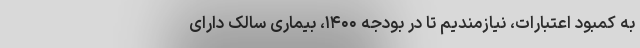
به کمبود اعتبارات، نیازمندیم تا در بودجه ۱۴۰۰، بیماری سالک دارای